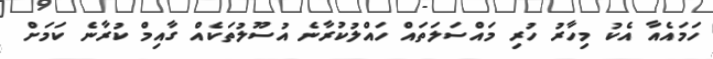
ހަމައެއާ އެކު މިހާރު ހުރި މައްސަލަތައް ހައްލުކުރާނެ އުސޫލުތަކެއް ގާއިމް ކުރާނެ ކަމަށް